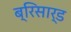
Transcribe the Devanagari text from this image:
ब्रिसार्ड